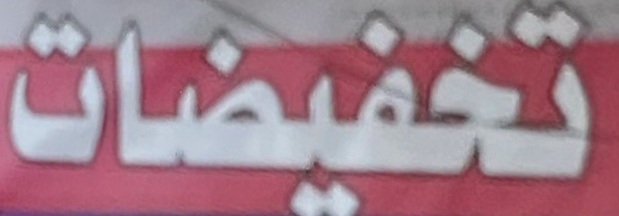
تخفیضات